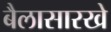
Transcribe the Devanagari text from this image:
बैलासारखे